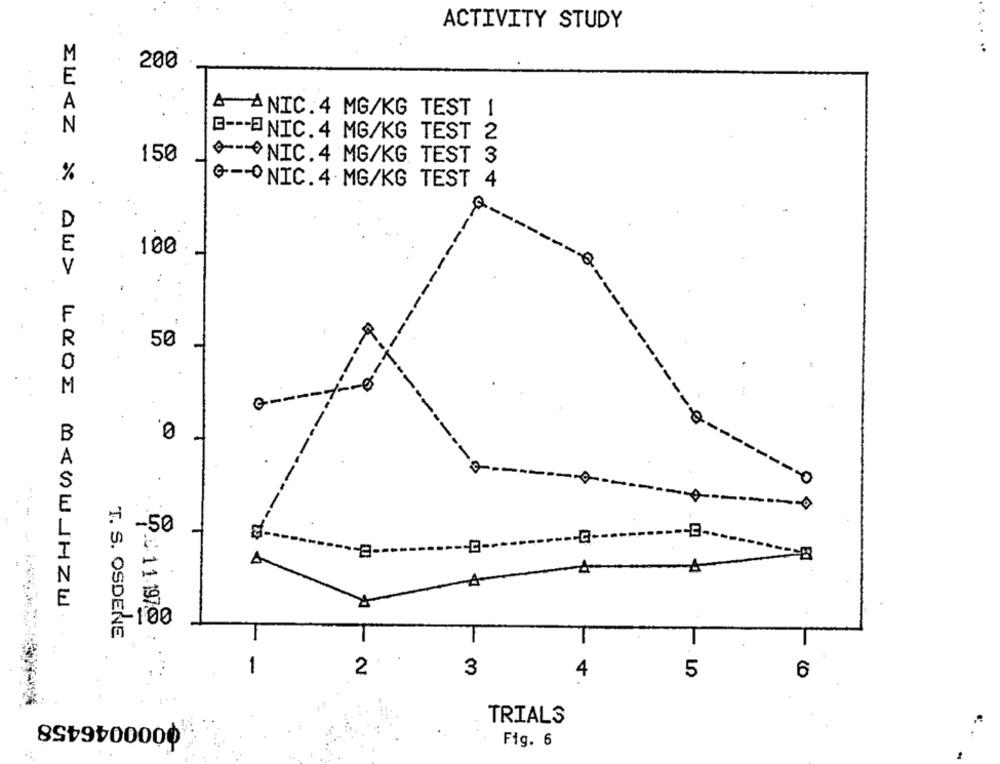
ACTIVITY STUDY
..
M
200
E
A
& ANIC.4 MG/KG TEST 1
N
G --- ENIC. 4 MG/KG TEST 2
150
-NIC.4 MG/KG TEST 3
%
G-ONIC.4 MG/KG TEST 4
D
E
100
V
F
R
50
0
M
0.
B
0
----
-50
---
A
-100
T. S. OSDENE
2 '
3
4
5
6
0000046458
TRIALS
Fig. 6